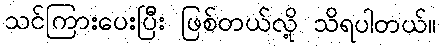
သင်ကြားပေးပြီး ဖြစ်တယ်လို့ သိရပါတယ်။